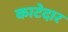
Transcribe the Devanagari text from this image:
काटेदार